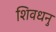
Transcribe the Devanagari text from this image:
शिवधनु